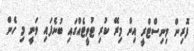
ފޮރިން މިނިސްޓްރީ އިން މިރޭ ކުރި ޓުވީޓެއްގައި ބުނެފައި ވަނީ މި ހެން